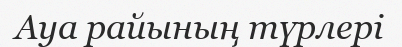
Ауа райының түрлері